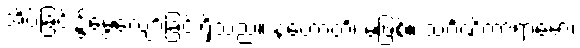
အိပ်ခြင်း၌မွေ့လျော်ခြင်းရှိသည်။ နဟောတိ၊ မဖြစ်။ သင်္ဂဏိကာရာမော၊